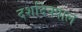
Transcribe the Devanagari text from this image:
दशदिक्पाल